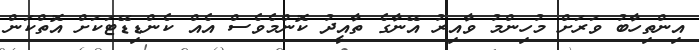
އިންތިހާބު ވަރަށް މުހިންމު ވާއިރު އޭނާގެ ތާއީދު ކޮންމެވެސް އެއް ކެންޑިޑޭޓަކަށް އޮތްކަން